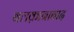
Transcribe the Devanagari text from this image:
बलक़ानाबाद